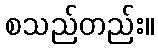
စသည်တည်း။